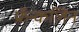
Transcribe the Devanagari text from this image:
फ्रॅन्कलिन